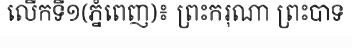
លើកទី១(ភ្នំពេញ)៖ ព្រះករុណា ព្រះបាទ